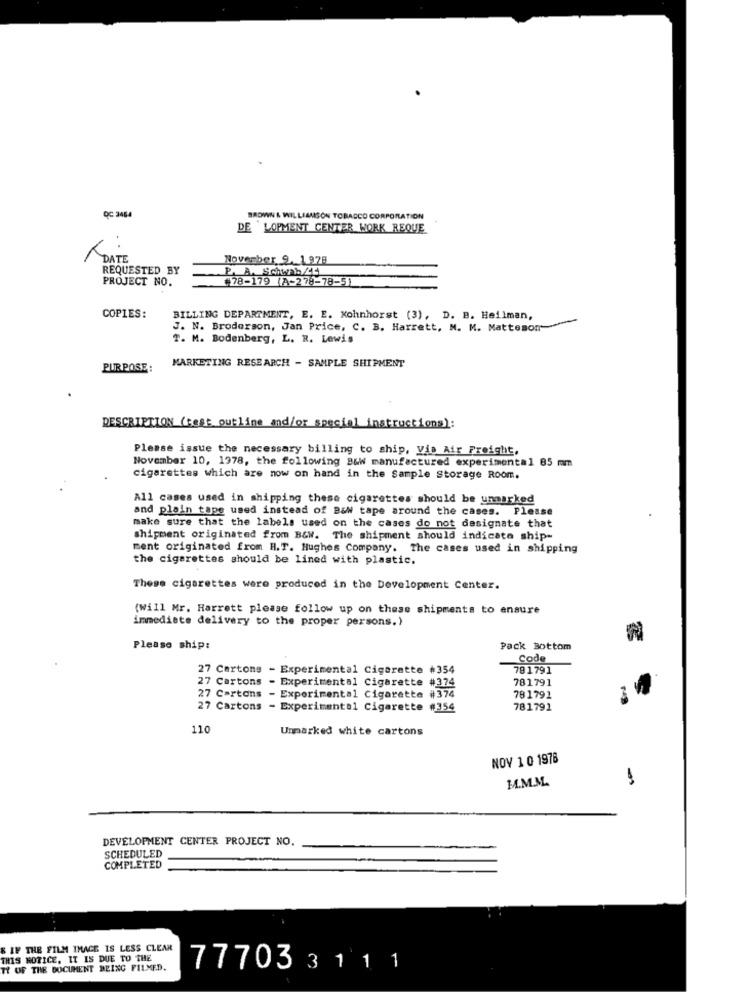
QC 3464
BROWN & WILLIAMSON TOBACCO CORPORATION
DE LOPMENT CENTER WORK REQUE
A DATE
November 2. 1978
REQUESTED BY
P. A. Schwab/45
PROJECT NO.
+78-179 (A-278-78-51
COPIES:
BILLING DEPARTMENT, E. E. Kohnhorst (3), D. B. Heilman,
J. N. Broderson, Jan Price, C. B. Harrett, M. M. Matteson"
T. M. Bodenberg, L. R. Lewis
PURPOSE:
MARKETING RESEARCH - SAMPLE SHIPMENT
DESCRIPTION (cest outline and/or special instructions):
Please issue the necessary billing to ship, Via Air Freight,
November 10, 1978, the following B&W manufactured experimental 85 mm
cigarettes which are now on hand in the Sample Storage Room.
All cases used in shipping these cigarettes should be unmarked
and plain tape used instead of B&W tape around the cases. Please
make sure that the labels used on the cases do not designate that
shipment originated from B&W. The shipment should indicate ship-
ment originated from H.T. Hughes Company. The cases used in shipping
the cigarettes should be lined with plastic.
These cigarettes were produced in the Development Center.
(Will Mr. Harrett please follow up on these shipments to ensure
immediate delivery to the proper persons.)
Please ship:
Pack Bottom
Code
27 Cartons - Experimental Cigarette #354
781791
27 Cartons
781791
- Experimental Cigarette #374
27 Cartons - Experimental Cigarette #374
781791
27 Cartons - Experimental Cigarette #354
781791
110
Unmarked white cartons
NOV 1 0 1978
M.M.M.
DEVELOPMENT CENTER PROJECT NO.
SCHEDULED
COMPLETED
& IF THE FILM IMAGE IS LESS CLEAR
THIS NOTICE, IT IS DUE TO THE
TY OF THE DOCUMENT BEING FILMED.
777033111